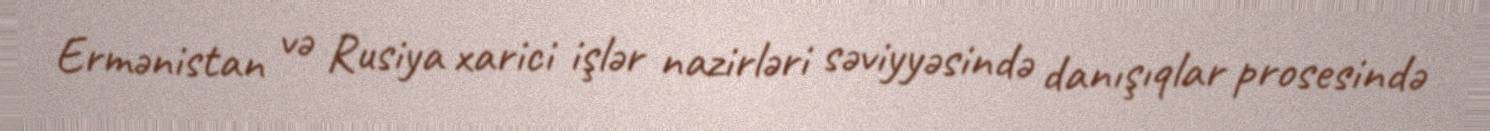
Ermənistan və Rusiya xarici işlər nazirləri səviyyəsində danışıqlar prosesində